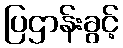
ပြဌာန်းခွင့်